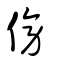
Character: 傍